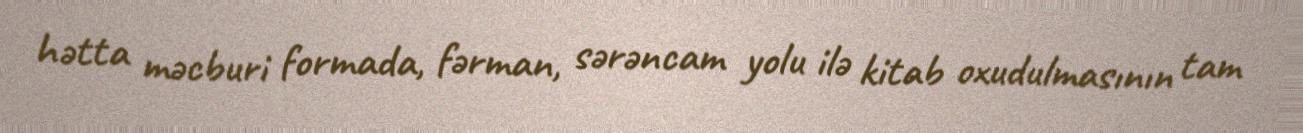
hətta məcburi formada, fərman, sərəncam yolu ilə kitab oxudulmasının tam